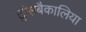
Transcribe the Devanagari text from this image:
ट्रांसबैकालिया